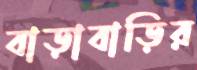
বাড়াবাড়ির